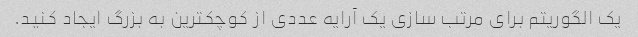
یک الگوریتم برای مرتب سازی یک آرایه عددی از کوچکترین به بزرگ ایجاد کنید.